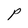
Character: P